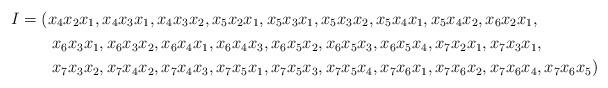
LaTeX: \begin{align*}I &=(x_4x_2x_1, x_4x_3x_1, x_4x_3x_2,x_5x_2x_1, x_5x_3x_1, x_5x_3x_2, x_5x_4x_1, x_5x_4x_2,x_6x_2x_1,\cr&\hskip 2emx_6x_3x_1, x_6x_3x_2, x_6x_4x_1, x_6x_4x_3, x_6x_5x_2, x_6x_5x_3,x_6x_5x_4,x_7x_2x_1, x_7x_3x_1,\cr&\hskip 2emx_7x_3x_2, x_7x_4x_2, x_7x_4x_3, x_7x_5x_1, x_7x_5x_3,x_7x_5x_4, x_7x_6x_1, x_7x_6x_2, x_7x_6x_4, x_7x_6x_5)\end{align*}